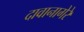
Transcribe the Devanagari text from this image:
दावानागेरे